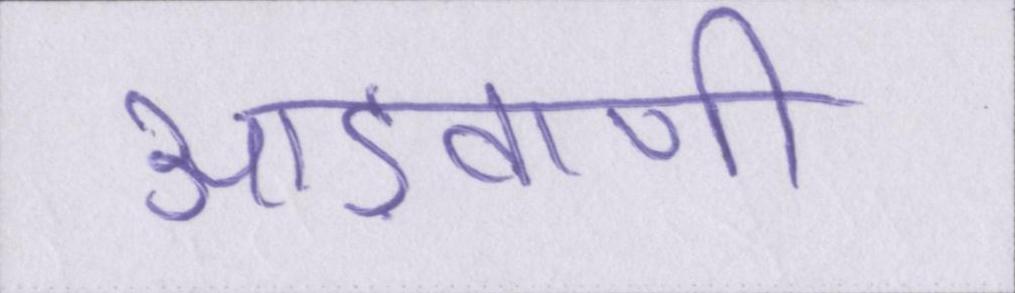
आड़वाणी